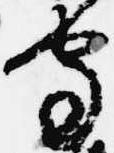
守